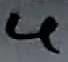
Text: 4